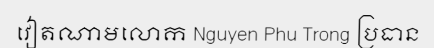
វៀតណាមលោក Nguyen Phu Trong ប្រធាន